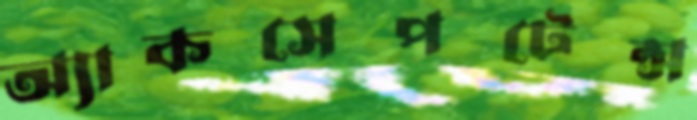
অ্যাকসেপটেন্স